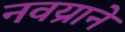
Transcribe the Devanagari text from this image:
नवय्राने